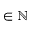
\in \mathbb { N }